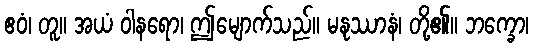
ဧဝံ၊ တူ။ အယံ ဝါနရော၊ ဤမျောက်သည်။ မနုဿာနံ၊ တို့၏။ ဘက္ခော၊